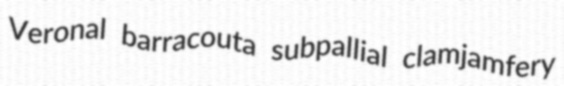
Veronal barracouta subpallial clamjamfery